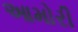
આમોરી